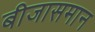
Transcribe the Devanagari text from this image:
बीजासमान